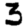
Digit: 3